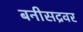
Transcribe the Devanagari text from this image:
बनीसद्रवर